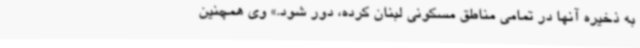
به ذخیره آنها در تمامی مناطق مسکونی لبنان کرده،‌ دور شود.» وی همچنین